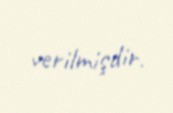
verilmişdir.